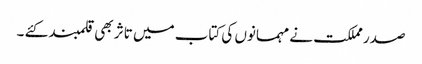
صدر مملکت نے مہمانوں کی کتاب میں تاثر بھی قلمبند کئے ۔